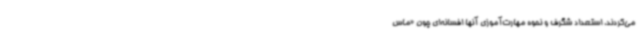
می‌کردند، استعداد شگرف و نحوه مهارت‌آموزی آنها افسانه‌ای چون «ماس